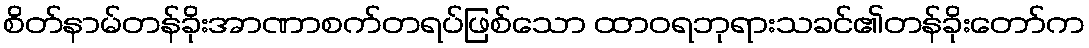
စိတ်နာမ်တန်ခိုးအာဏာစက်တရပ်ဖြစ်သော ထာဝရဘုရားသခင်၏တန်ခိုးတော်က